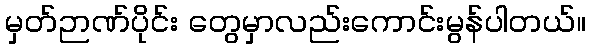
မှတ်ဉာဏ်ပိုင်း တွေမှာလည်းကောင်းမွန်ပါတယ်။